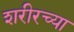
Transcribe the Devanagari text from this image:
शरीरच्या